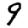
Digit: 9